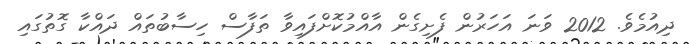
ދިއުމެވެ. 2012 ވަނަ އަހަރުން ފެށިގެން އާއްމުކޮށްފައިވާ ތަފާސް ހިސާބުތައް ދައްކާ ގޮތުގައި